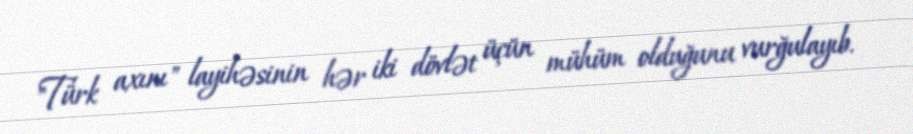
"Türk axını" layihəsinin hər iki dövlət üçün mühüm olduğunu vurğulayıb.